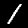
Label: 1